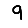
Digit: 9